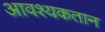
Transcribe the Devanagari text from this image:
आवश्यकतान